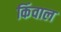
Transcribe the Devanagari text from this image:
किंवाल